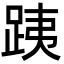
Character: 跠